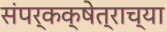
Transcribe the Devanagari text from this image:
संपर्कक्षेत्राच्या